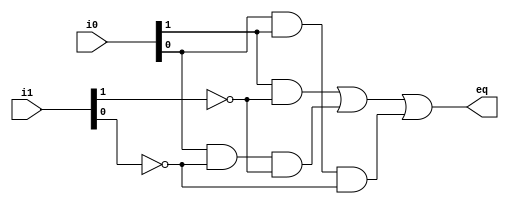

module gr(

    input  wire[1:0] i0, i1,			
    output wire eq        
    );
    
     wire p0, p1,p2,p3;
     
     assign eq = p0|p1|p2; // p0+p1+p2
     
//the output for the greater than comparator coming from the karnuagh map ( i0[0] = A0, i0[1]=A1, i1[0]=B0, i1[1]=B1)
     assign p0= (i0[1]&!i1[1]);  // A1!B1
     assign p1= (i0[0]&!i1[0]&!i1[1]);//A0!B0!B1
     assign p2= (i0[0]&i0[1]&!i1[0]);// A0!B0!A1
     
     
     
     
    
endmodule